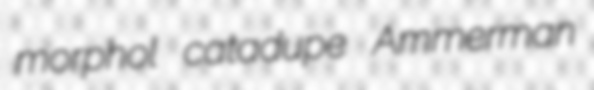
morphol catadupe Ammerman